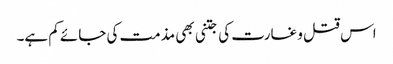
اس قتل و غارت کی جتنی بھی مذمت کی جائے کم ہے۔